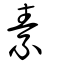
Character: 素